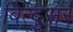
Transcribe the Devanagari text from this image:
बिन्दुसर